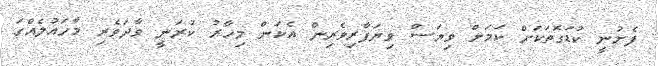
ފެށުނީ ކުޑަގޮތަކަށް ކަމަށް ވިޔަސް ވިޔަފާރިވެރިން އެކަން މިހާރު ކުރަނީ ވާދަވެރި މާހައުލެއްގަ